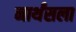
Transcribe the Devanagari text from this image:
नार्थंसला